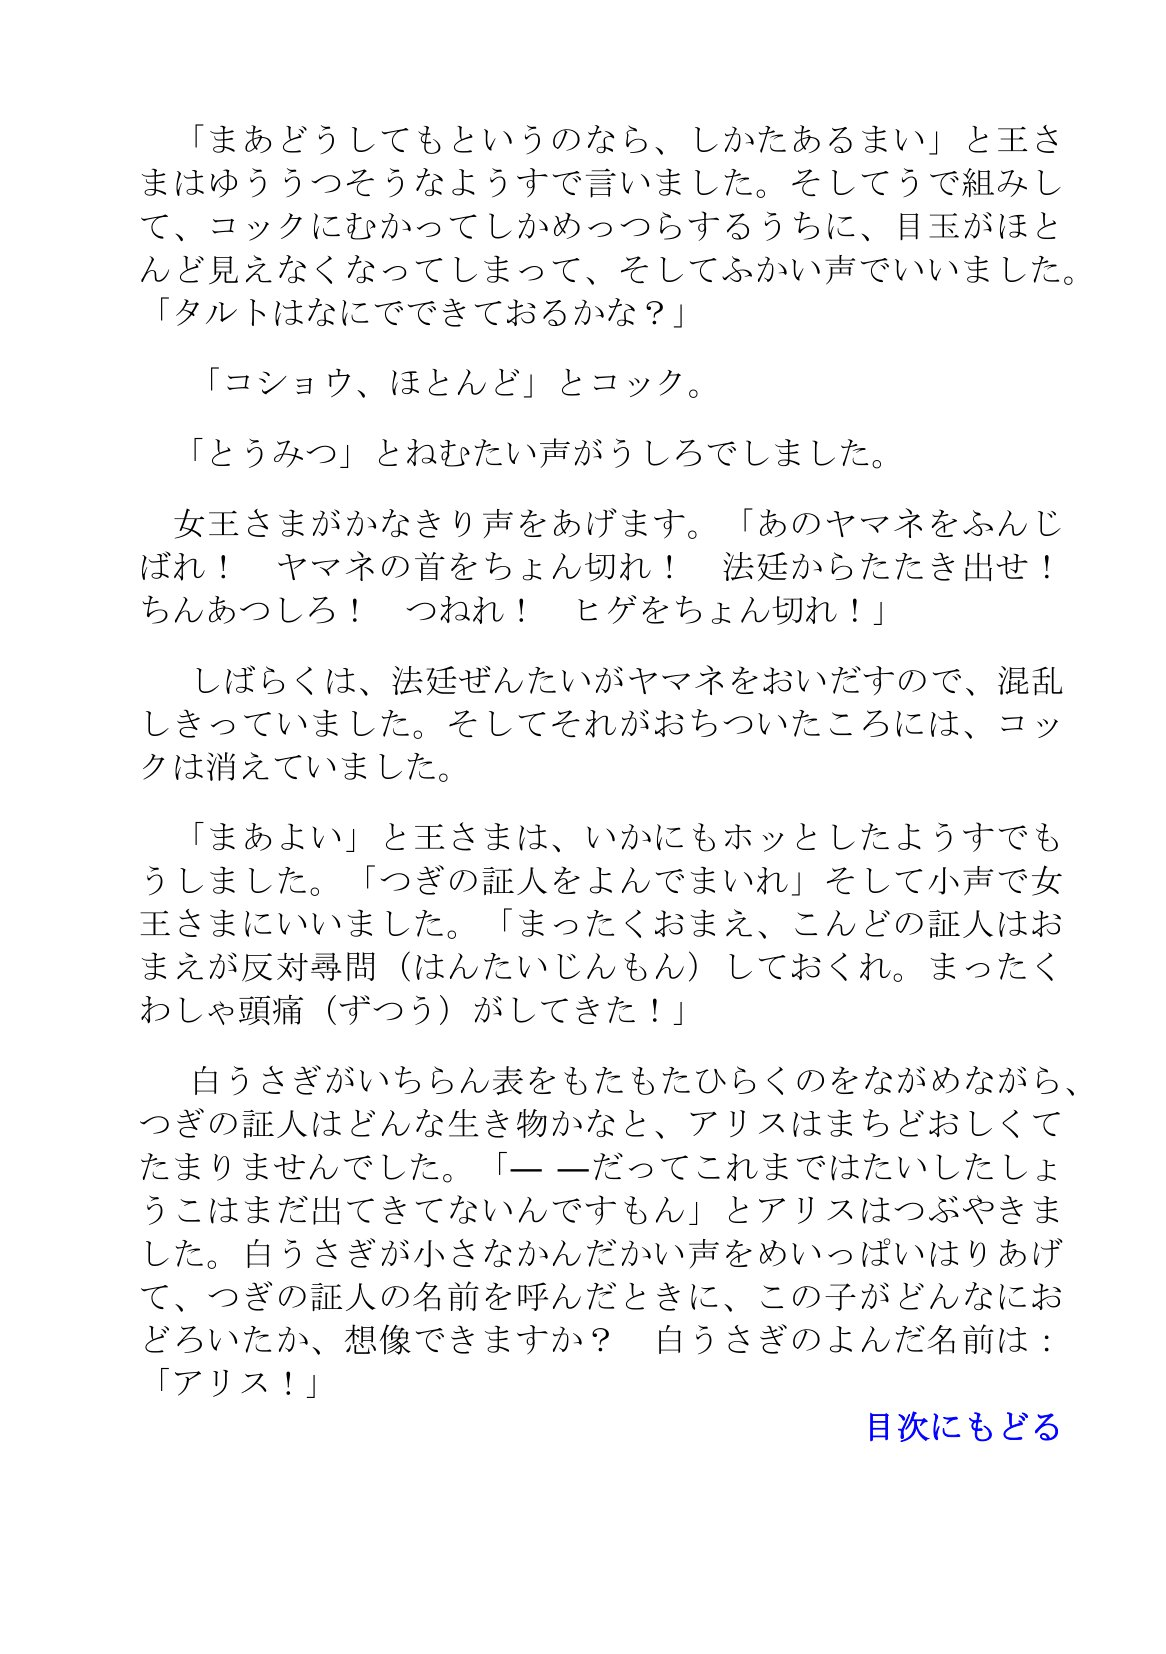
Language: ja